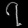
Digit: ၇